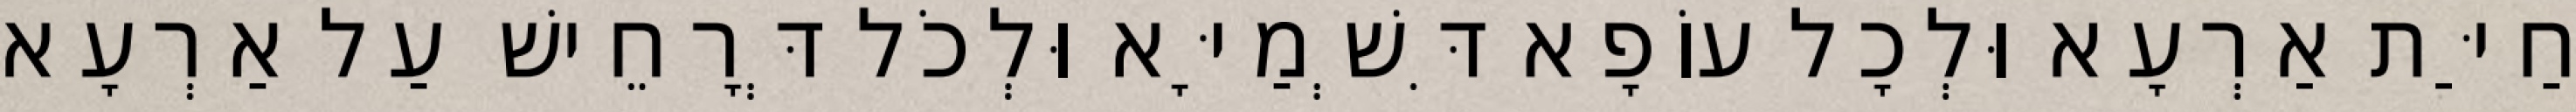
חַיַּת אַרְעָא וּלְכָל עוֹפָא דִּשְׁמַיָּא וּלְכֹל דְּרָחֵישׁ עַל אַרְעָא